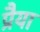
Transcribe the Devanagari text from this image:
प्रैया